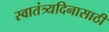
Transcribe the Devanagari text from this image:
स्वातंत्र्यदिनासाठी